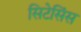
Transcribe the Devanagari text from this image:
सिटेसिंस